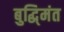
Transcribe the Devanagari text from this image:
बुद्धि्मंत